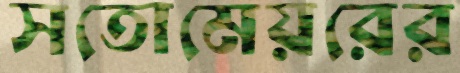
সতোমেয়রের